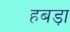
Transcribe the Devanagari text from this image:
हबड़ा